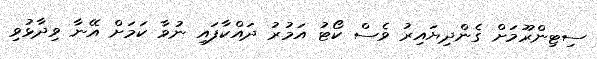
ސިޓިންރޫމަށް ގެންދިޔައިރު ވެސް ކޯޓު އަމުރު ދައްކާފައި ނުވާ ކަމަށް އޭނާ ވިދާޅުވި